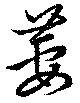
葽